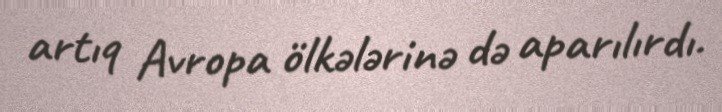
artıq Avropa ölkələrinə də aparılırdı.